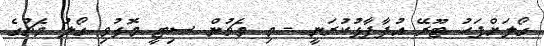
ގޯލަށްފަހު ޓޫރޭ އުފާފާޅުކުރަނީ - މި މެޗުން ސިޓީ މޮޅުވި ގޯލު މެޗުގެ